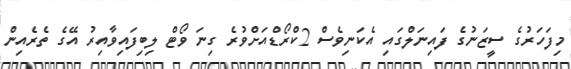
މިފަހަރުގެ ސީޒަނުގެ ފައިނަލްގައި އެކަނިވެސް 2ކްރޯޑްއަށްވުރެ ގިނަ ވޯޓް ލިބިފައިވާއިރު އޭގެ ތެރެއިން